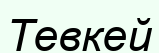
Тевкей